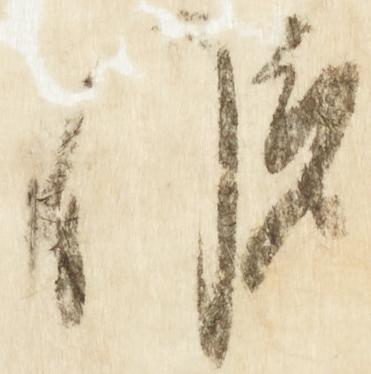
候